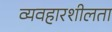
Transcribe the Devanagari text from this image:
व्यवहारशीलता